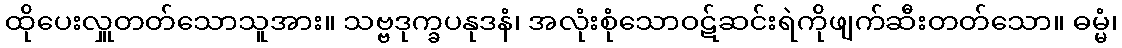
ထိုပေးလှူတတ်သောသူအား။ သဗ္ဗဒုက္ခပနုဒနံ၊ အလုံးစုံသောဝဋ်ဆင်းရဲကိုဖျက်ဆီးတတ်သော။ ဓမ္မံ၊